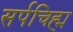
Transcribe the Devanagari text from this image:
सर्पचिह्म